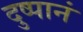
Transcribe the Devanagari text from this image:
दुष्पानं